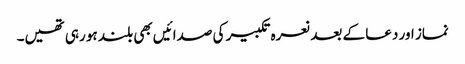
نماز اور دعا کے بعد نعرہ تکبیر کی صدائیں بھی بلند ہو رہی تھیں۔